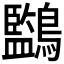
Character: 𪇖